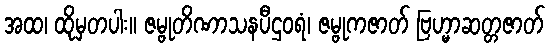
အထ၊ ထိုမှတပါး။ ဇမ္ဗုတိဏာသနပီဌဝရံ၊ ဇမ္ဗုကဇာတ် ဗြဟ္မာဆတ္တဇာတ်